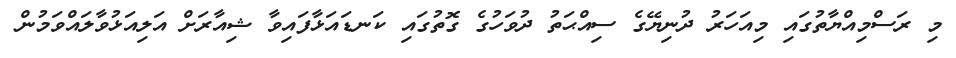
މި ރަސްމިއްޔާތުގައި މިއަހަރު ދުނިޔޭގެ ސިއްޙަތު ދުވަހުގެ ގޮތުގައި ކަނޑައަޅާފައިވާ ޝިއާރަށް އަލިއަޅުވާލައްވަމުން